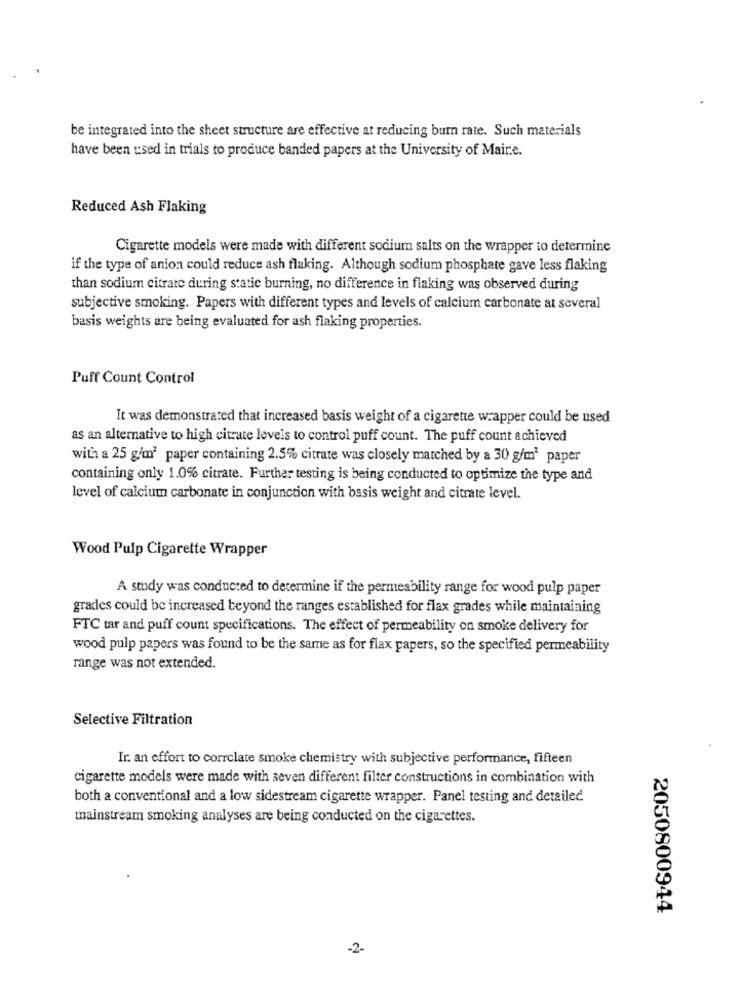
be integrated into the sheet structure are effective at reducing burn rate. Such materials
have been used in trials to produce banded papers at the University of Maire.
Reduced Ash Flaking
Cigarette models were made with different sodium salts on the wrapper to determine
if the type of anion could reduce ash flaking. Although sodium phosphate gave less flaking
than sodium citrate during static burning, no difference in flaking was observed during
subjective smoking. Papers with different types and levels of calcium carbonate at several
basis weights are being evaluated for ash flaking properties.
Puff Count Control
It was demonstrated that increased basis weight of a cigarette wrapper could be used
as an alternative to high citrate levels to control puff count. The puff count achieved
with a 25 g/m2 paper containing 2.5% citrate was closely matched by a 30 g/m2 paper
containing only 1.0% citrate. Further testing is being conducted to optimize the type and
level of calcium carbonate in conjunction with basis weight and citrate level.
Wood Pulp Cigarette Wrapper
A study was conducted to determine if the permeability range for wood pulp paper
grades could be increased beyond the ranges established for flax grades while maintaining
FTC tar and puff count specifications. The effect of permeability on smoke delivery for
wood pulp papers was found to be the same as for flax papers, so the specified permeability
range was not extended.
Selective Filtration
Ir. an effort to correlate smoke chemistry with subjective performance, fifteen
cigarette models were made with seven different filter constructions in combination with
both a conventional and a low sidestream cigarette wrapper. Panel testing and detailed
mainstream smoking analyses are being conducted on the cigarettes.
2050800944
-2-